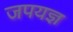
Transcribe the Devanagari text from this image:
जपयज्ञ